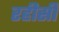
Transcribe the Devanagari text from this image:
रहीसी